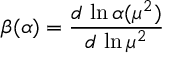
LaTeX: \beta ( \alpha ) = \frac { d \, \ln \alpha ( \mu ^ { 2 } ) } { d \, \ln \mu ^ { 2 } }